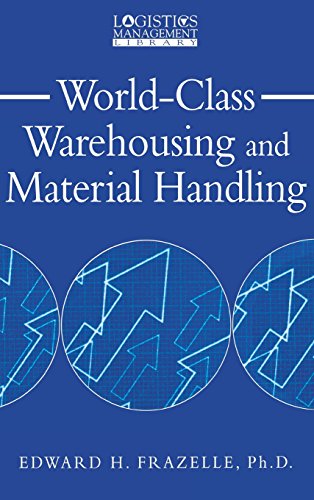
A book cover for World-Class Warehousing and Material Handling; Edward Frazelle; Business & Money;